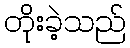
တိုးခဲ့သည်